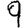
Digit: 9